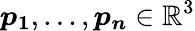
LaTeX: \boldsymbol{p_{1}},...,\boldsymbol{p_{n}}\in\mathbb{R}^{3}